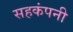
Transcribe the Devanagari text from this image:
सहकंपनी